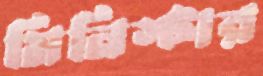
মিনিস্টার